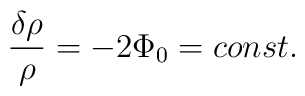
\frac{\delta \rho}{\rho}=-2 \Phi_0 =const.